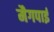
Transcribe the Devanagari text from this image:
मैगपाई